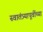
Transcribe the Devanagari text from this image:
स्वातंत्र्यापूर्वीच्या